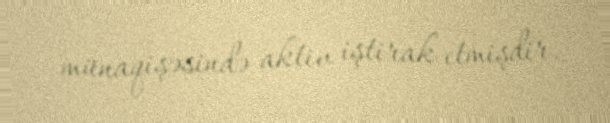
münaqişəsində aktiv iştirak etmişdir.